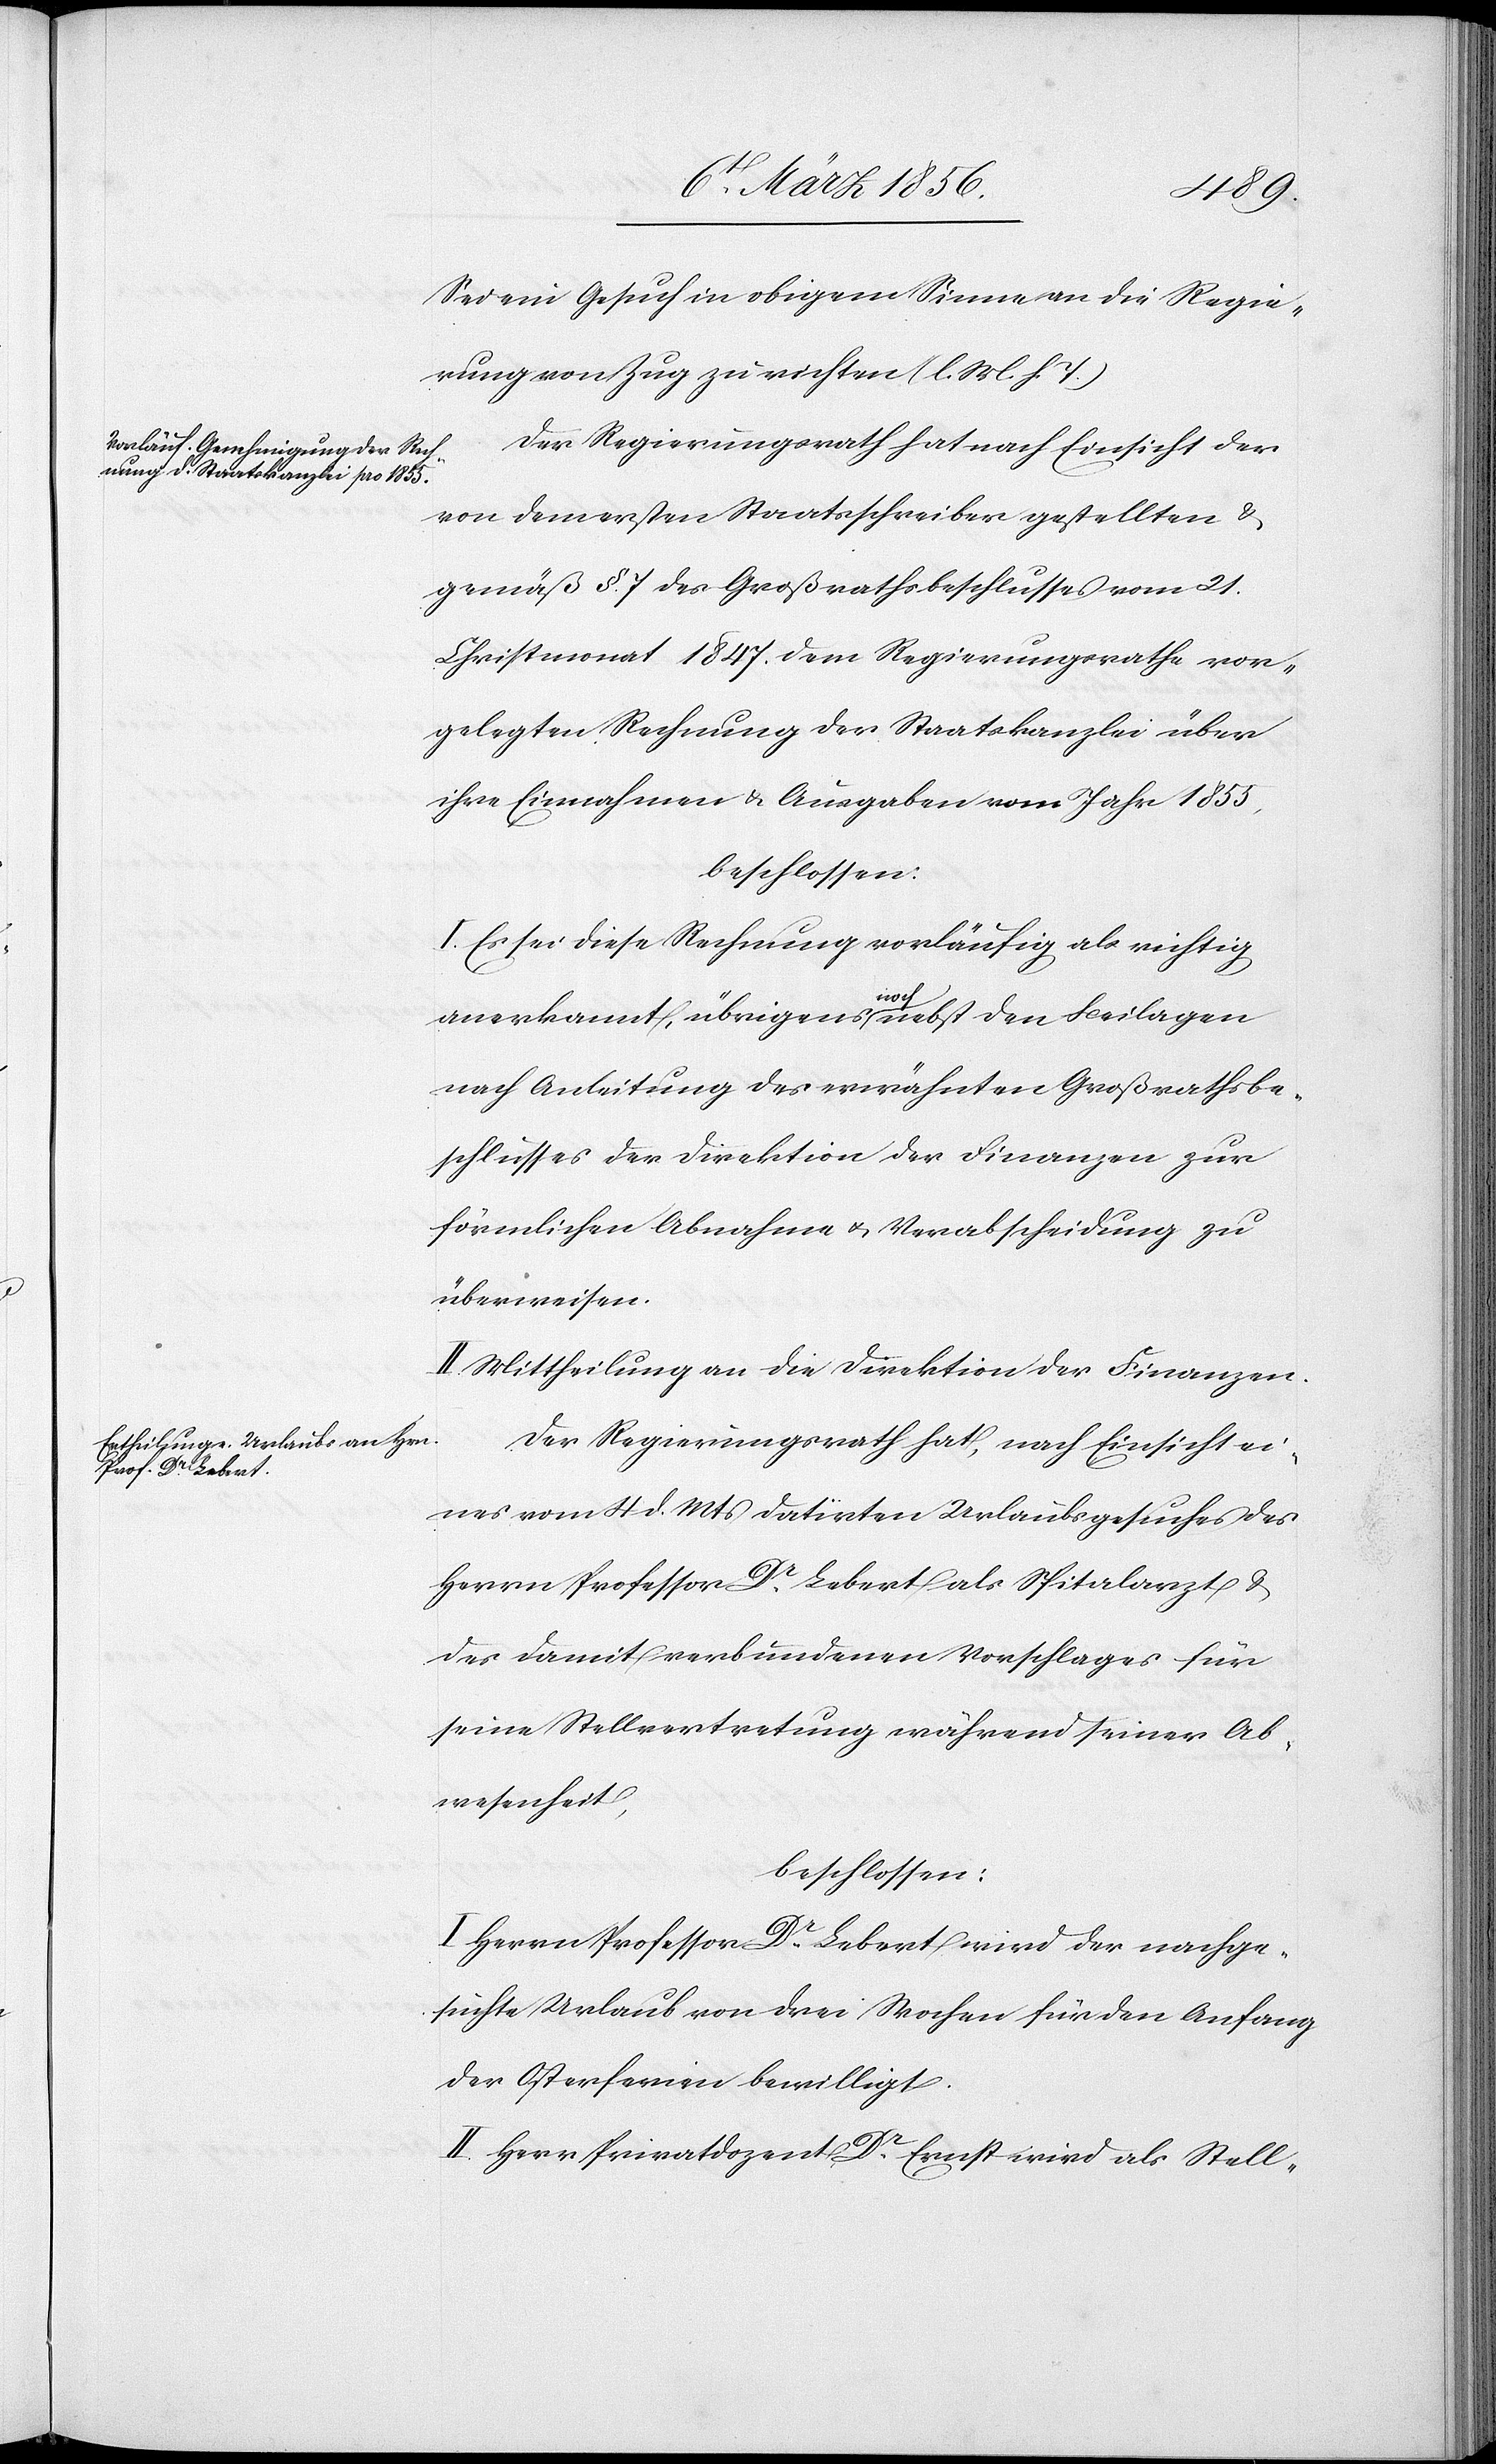
Sei ein Gesuch in obigem Sinne an die Regie¬
rung von Zug zu richten. (l. M. h. T.)
Der Regierungsrath hat nach Einsicht der
von dem ersten Staatsschreiber gestellten &
gemäß §. 7 des Großrathsbeschlusses vom 21.
Christmonat 1847. dem Regierungsrathe vor¬
gelegten Rechnung der Staatskanzlei über
ihre Einnahmen & Ausgaben vom Jahr 1855,
beschlossen:
I. Es sei diese Rechnung vorläufig als richtig
anerkannt, übrigens ª-noch-ª nebst den Beilagen
nach Anleitung des erwähnten Großrathsbe¬
schlusses der Direktion der Finanzen zur
förmlichen Abnahme u. Verabscheidung zu
überweisen.
II. Mittheilung an die Direktion der Finanzen.
Der Regierungsrath hat, nach Einsicht ei¬
nes vom 4 d. Mts datirten Urlaubsgesuches des
Herrn Professor Dr Lebert als Spitalarzt &
des damit verbundenen Vorschlages für
seine Stellvertretung während seiner Ab¬
wesenheit,
beschlossen:
Herrn Professor Dr Lebert wird der nachge¬
suchte Urlaub von drei Wochen für den Anfang
der Osterferien bewilligt.
II. Herr Privatdozent Dr Ernst wird als Stell-